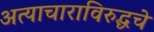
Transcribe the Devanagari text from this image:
अत्याचाराविरुद्धचे